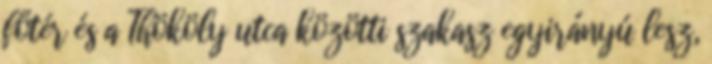
főtér és a Thököly utca közötti szakasz egyirányú lesz,